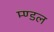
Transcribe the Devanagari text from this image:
म्ण्डल